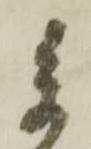
参